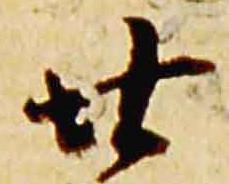
廿